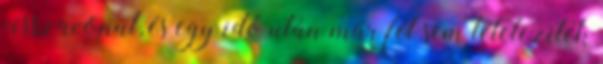
visszavonul, és egy idő után már fel sem tételezitek